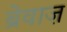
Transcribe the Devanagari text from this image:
ब्रेवाज़